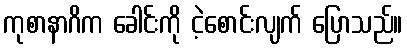
ကုစာနာဂိက ခေါင်းကို ငဲ့စောင်းလျက် ပြောသည်။